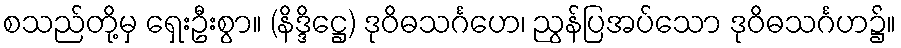
စသည်တို့မှ ရှေးဦးစွာ။ (နိဒ္ဒိဋ္ဌေ) ဒုဝိဓသင်္ဂဟေ၊ ညွန်ပြအပ်သော ဒုဝိဓသင်္ဂဟ၌။